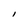
Character: I